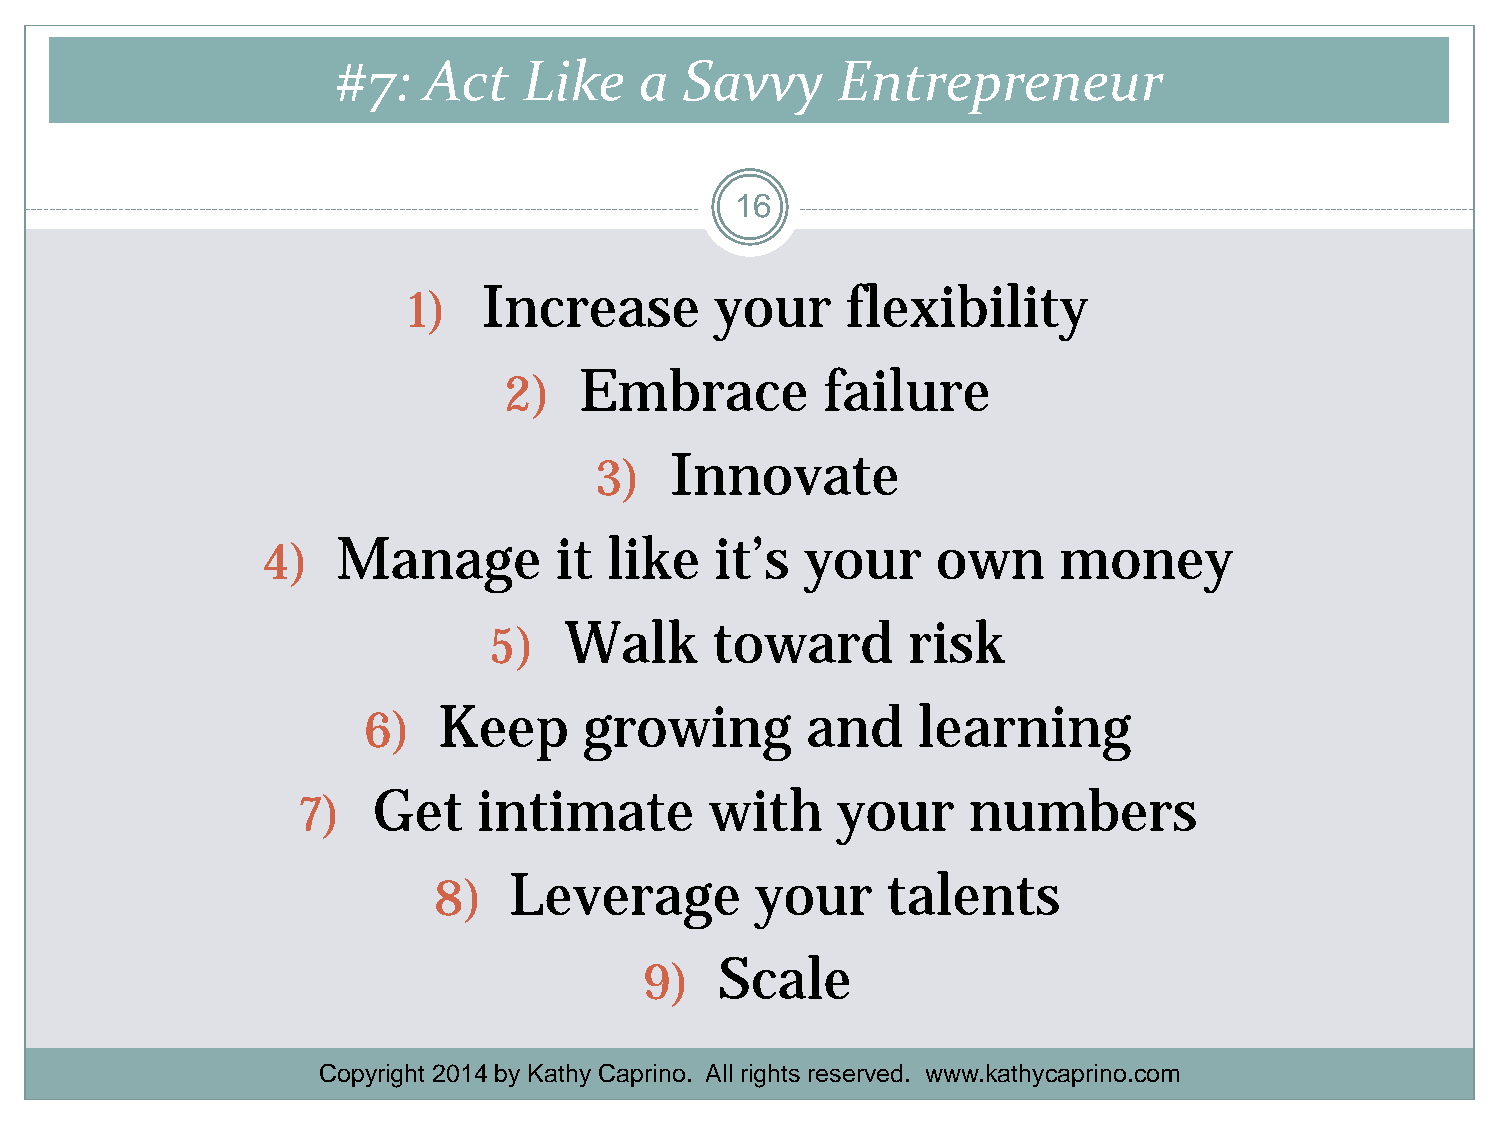
#7:   Act    Like   a  Savvy     Entrepreneur
 16
 1)   Increase       your     flexibility
 2)   Embrace          failure
 3)   Innovate
 4)   Manage         it like   it’s  your     own     money
 5)   Walk      toward       risk
 6)   Keep      growing       and     learning
 7)   Get    intimate       with    your     numbers
 8)   Leverage        your     talents
 9)   Scale
 Copyright 2014 by Kathy Caprino. All rights reserved. www.kathycaprino.com